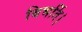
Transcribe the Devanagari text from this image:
बिभर्ति।